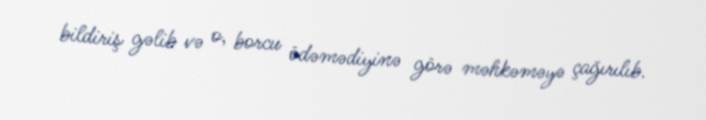
bildiriş gəlib və o, borcu ödəmədiyinə görə məhkəməyə çağırılıb.